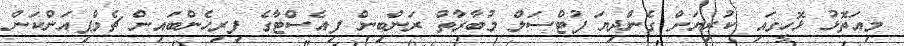
މިއަތޮޅު ޅޮހީގައި ކުރިޔަށް ގެންދިޔަ ފުޓްސަލް މުބާރާތް ރަންބިން ފިއެސްޓާގެ ފިރިހެންބައިން ޗެމްޕިއަންކަން